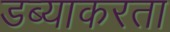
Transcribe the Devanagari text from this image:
डब्याकरता